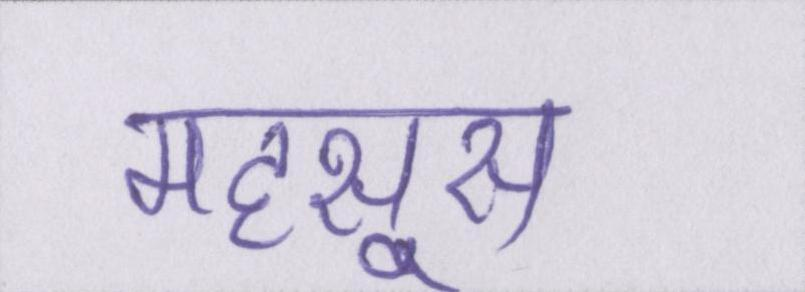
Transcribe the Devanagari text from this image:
महसूस